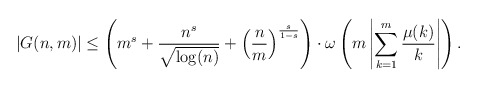
\begin{align*}|G(n,m)| \leq \left(m^s + \frac{n^s}{\sqrt{\log(n)}} + \left(\frac{n}{m}\right)^{\frac{s}{1-s}} \right) \cdot \omega\left(m \left|\sum_{k=1}^m \frac{\mu(k)}{k}\right|\right).\end{align*}